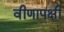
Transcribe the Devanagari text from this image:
वीणापक्षी